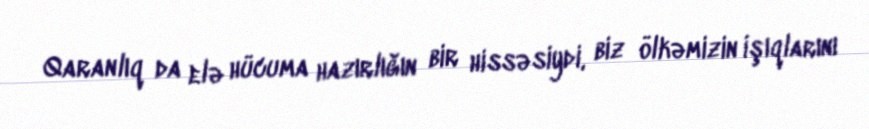
Qaranlıq da elə hücuma hazırlığın bir hissəsiydi, biz ölkəmizin işıqlarını